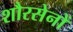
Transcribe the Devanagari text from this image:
शौरसेनों